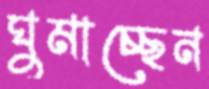
ঘুমাচ্ছেন